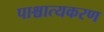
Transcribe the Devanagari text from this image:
पाश्चात्यकरण